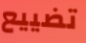
تضييع